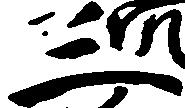
三